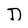
Character: D